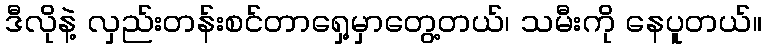
ဒီလိုနဲ့ လှည်းတန်းစင်တာရှေ့မှာတွေ့တယ်၊ သမီးကို နေပူတယ်။